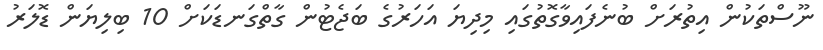
ނޫސްތަކުން އިތުރަށް ބުނެފައިވާގޮތުގައި މިދިޔަ އަހަރުގެ ބަޖެޓުން ގާތްގަނޑަކަށް 10 ބިލިޔަން ޑޮލަރު